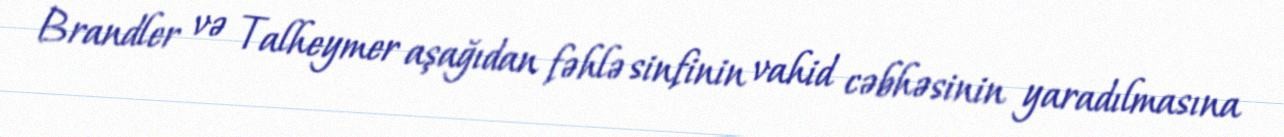
Brandler və Talheymer aşağıdan fəhlə sinfinin vahid cəbhəsinin yaradılmasına